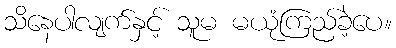
သိနေပါလျက်နှင့် သူမ မယုံကြည်ခဲ့ပေ။